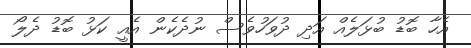
އެހާ ބޮޑު ބުޅަލެއް އަދި ދުވަހުވެސް ނުދެކެން އެއީ ކަޅު ބޮޑު ދެލޯ